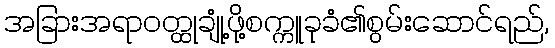
အခြားအရာဝတ္ထုချုံ့ဖို့စက္ကူခုခံ၏စွမ်းဆောင်ရည်,